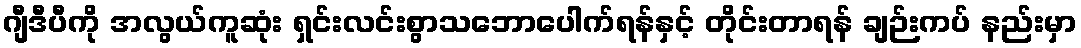
ဂျီဒီပီကို အလွယ်ကူဆုံး ရှင်းလင်းစွာသဘောပေါက်ရန်နှင့် တိုင်းတာရန် ချဉ်းကပ် နည်းမှာ